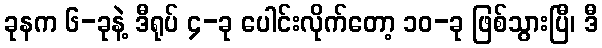
ခုနက ၆-ခုနဲ့ ဒီရုပ် ၄-ခု ပေါင်းလိုက်တော့ ၁၀-ခု ဖြစ်သွားပြီ၊ ဒီ